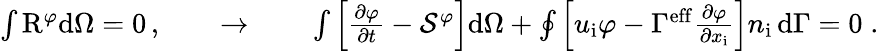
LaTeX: \begin{array}{r}{\int\mathrm{R}^{\varphi}\mathrm{d}\Omega=0\, ,\qquad\to\qquad\int\left[\frac{\partial\varphi}{\partial t}-\mathcal{S}^{\varphi}\right]\mathrm{d}\Omega+\oint\left[u_{\mathrm{i}}\varphi-\Gamma^{\mathrm{eff}}\frac{\partial\varphi}{\partial x_{\mathrm{i}}}\right]n_{\mathrm{i}}\, \mathrm{d}\Gamma=0\; .}\end{array}